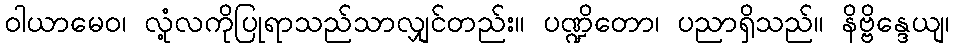
ဝါယာမေဝ၊ လုံ့လကိုပြုရာသည်သာလျှင်တည်း။ ပဏ္ဍိတော၊ ပညာရှိသည်။ နိဗ္ဗိန္ဒေယျ၊